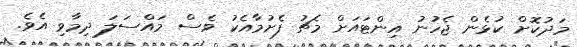
މަދުކޮށް ކުޅެން ޖެހުނު އިންޓައަށް މެޗު ފެށުމާއެކު ވެސް މައްސަލަ ދިމާވި އެވެ.